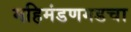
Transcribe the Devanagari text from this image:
महिमंडणगडचा